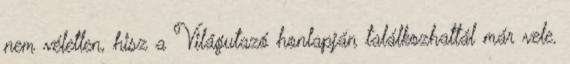
nem véletlen, hisz a Világutazó honlapján találkozhattál már vele.